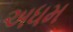
અધમ